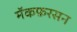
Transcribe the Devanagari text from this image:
मॅकफ़रसन